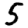
Digit: 5